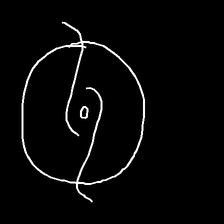
Glyph: repetition